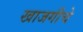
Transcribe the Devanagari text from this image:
खाजगीचे